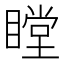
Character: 瞠